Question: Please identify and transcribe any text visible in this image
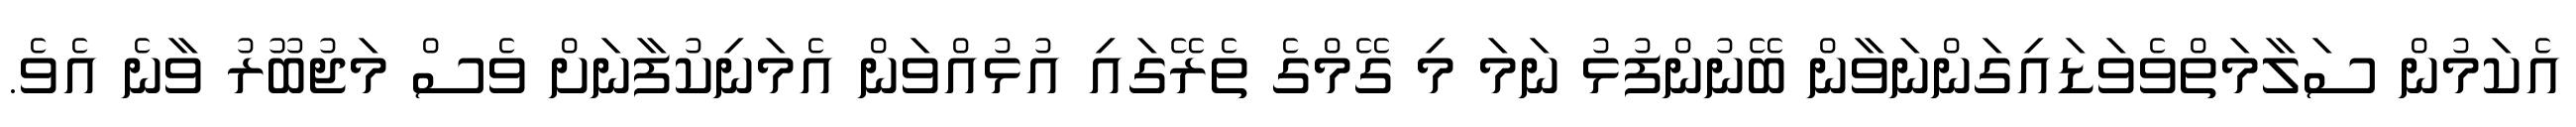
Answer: އެކަމުން ސަލާމަތްވެވަޑައިގަންނަވާން ބޭނުންފުޅު ނަމަ މި ގޭމްގެ ތެރޭގައި އުޅުއްވަން އެމަނިކުފާނަށް ވެސް މަޖުބޫރު ވާނެ އެވެ.